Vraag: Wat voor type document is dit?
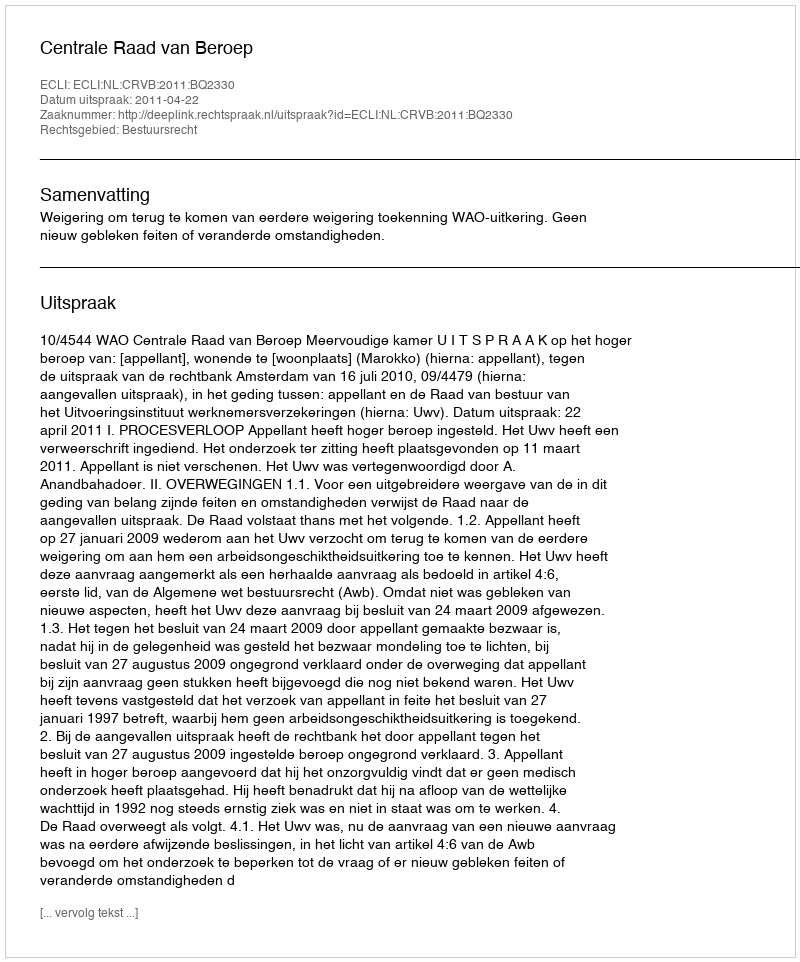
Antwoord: Uitspraak